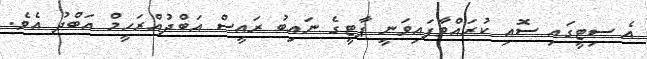
އެ ސިޓީގައި ސޮއި ކުރައްވާފައިވަނީ ޕާޓީގެ ނައިބު ރައީސް އަބްދުއްރަހީމް އަބްދު އެވެ.